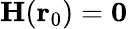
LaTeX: \mathbf{H}(\mathbf{r}_{0})=\mathbf{0}